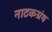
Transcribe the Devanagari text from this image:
नाटकग्रंथ